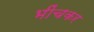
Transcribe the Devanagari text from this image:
भींचकर